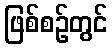
ဖြစ်စဉ်တွင်